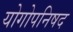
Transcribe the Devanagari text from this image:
योगोपनिषद